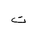
Letter: _ta